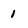
Character: 1